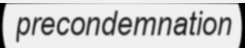
precondemnation